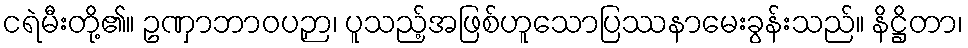
ငရဲမီးတို့၏။ ဥဏှာဘာဝပဉှာ၊ ပူသည့်အဖြစ်ဟူသောပြဿနာမေးခွန်းသည်။ နိဋ္ဌိတာ၊